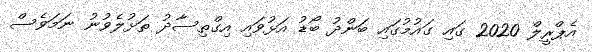
އެޕްރީލް 2020 ގައި ގައުމުގައި ބަންދު ބޯޑު އަޅުވައި އިގްތިސާދު ތަޅުލެވުނު ނަމަވެސް